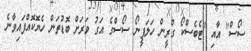
ސޯސް" އާއި "ޓެބެސްކޯ ގްރީން ހަލަޕީނޯ ސޯސްގެ އަގު ވަރަށް ބޮޑުތަން ހެޔޮކޮއްފައިވާނެ